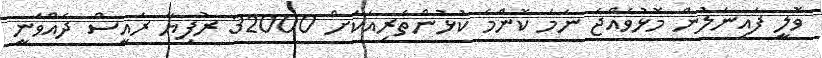
ވޮލީ ފައިނަލުން މޮޅުވެއްޖެ ނަމަ ކޮންމެ ކުޅުންތެރިއަކަށް 32000 ރުފިޔާ ރައީސް ދެއްވަނީ